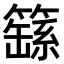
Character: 𮆚